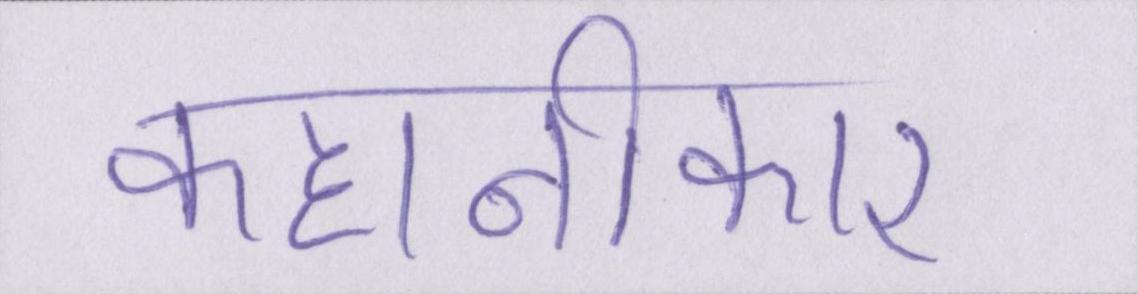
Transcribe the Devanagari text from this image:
कहानीकार